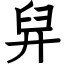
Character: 舁